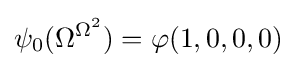
\psi _{0}(\Omega ^{\Omega ^{2}})=\varphi (1,0,0,0)